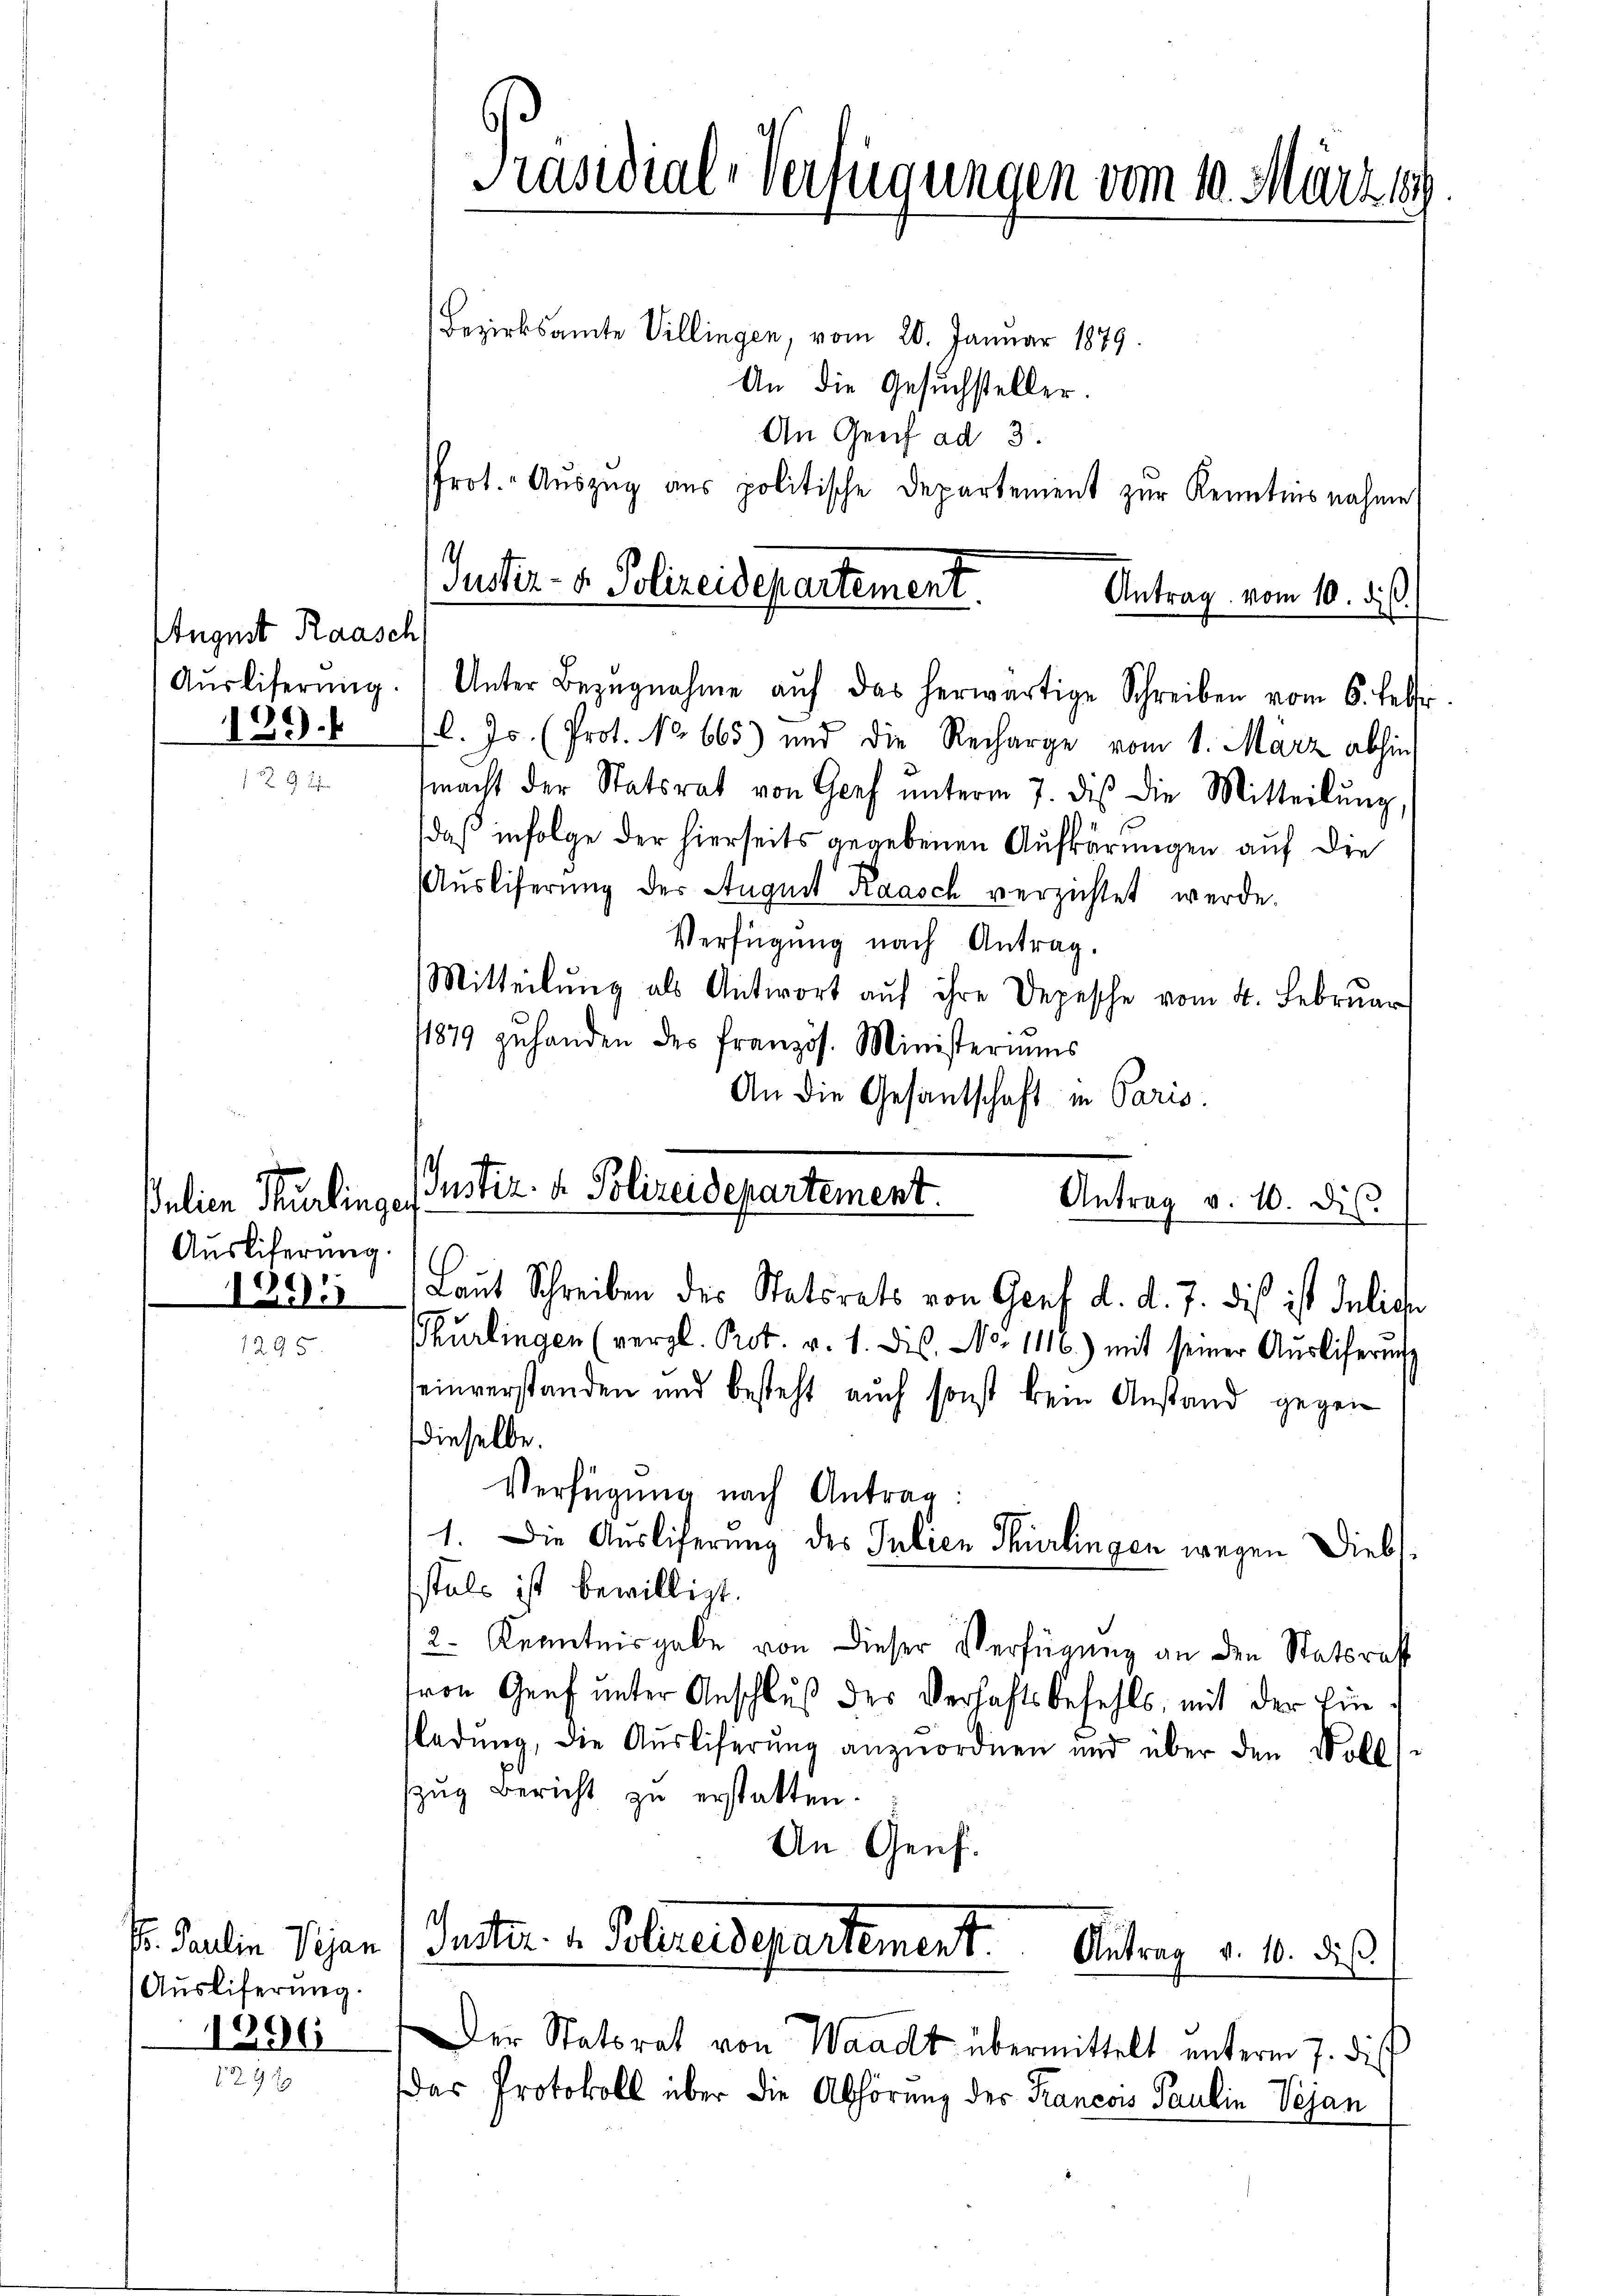
August Raasch
189.

ulien Burlingen
Ausliterung.
199.

S. Paulin Vigan
(Ausliferung.
1396

Präsidial-Verfügungen vom 10. März 189
Bezirksamte Villingen, vom 20. Januar 1879.
An die Gesuchsteller.

Antrag vom 10. di
Aŭsliferŭng. Unter Bezŭgnahme aŭf das herwärtige Schreiben vom 6. Febr
l. Js. (Prot. No 665) und die Recharge vom 1. März abhin
macht der Statsrat von Genf ŭnterm 7. diβ die Mitteilŭng,
daß infolge der hierseits gegebenen Aufkärungen auf die
Ausliferung der August Raasch verzichtet werde.
Verfügung nach Antrag.
Mitteilŭng als Antwort aŭf ihre Depesche vom 4. Februar
11879 zuhanden des französ. Ministeriums
An die Gesantschaft in Paris.
Laut Schreiben des Statsrats von Genf d. d. J. dis ist deliche
Phurlingen (vergl. Prot. v. 1. ds. No. 1116) mit seiner Aŭsliferŭngs
einverstanden und besteht auch sonst kein Anstand gegen
dieselbe.
Verfügung nach Antrag:
1. Die Ausliferung des Julien Thurlingen wegen Diebt.
stals ist bewilligt.
2. Kenntnisgabe von dieser Verfügung an den Statsrat
von Genf unter Anschluß des Verhaftsbefehls, mit der Einladŭng, die Ausliferung anzuordnen und über den Voll
zug Bericht zu erstatten
An Genf.
s
Suster. 1. Polereidepartement.
Antrag v. 10. dieß.
Der Statorat von Waadt übermittelt unterm 7. dies
Das Protokoll über die Abhörung der Francois Paulin Vejan

An Genf ad 3.
Prot. Aŭszŭg aŭs politische Departement zur Kenntnisnahme
Puster- u. Polizeidepartement.

Iustiz- & Polizeidepartement.
Antrag v. 10. dis.